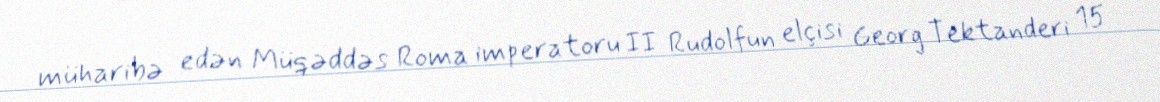
müharibə edən Müqəddəs Roma imperatoru II Rudolfun elçisi Georg Tektanderi 15